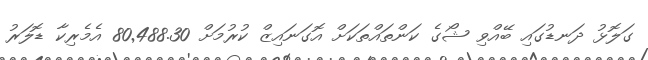
ގަލޮޅު ދަނޑުގައި ބޭއްވި ޝޯގެ ކަންތައްތަކަށް އޮގަނައިޒް ކުރުމަށް 80